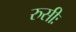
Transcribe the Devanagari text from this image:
रुसीः